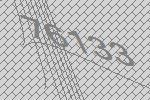
76133